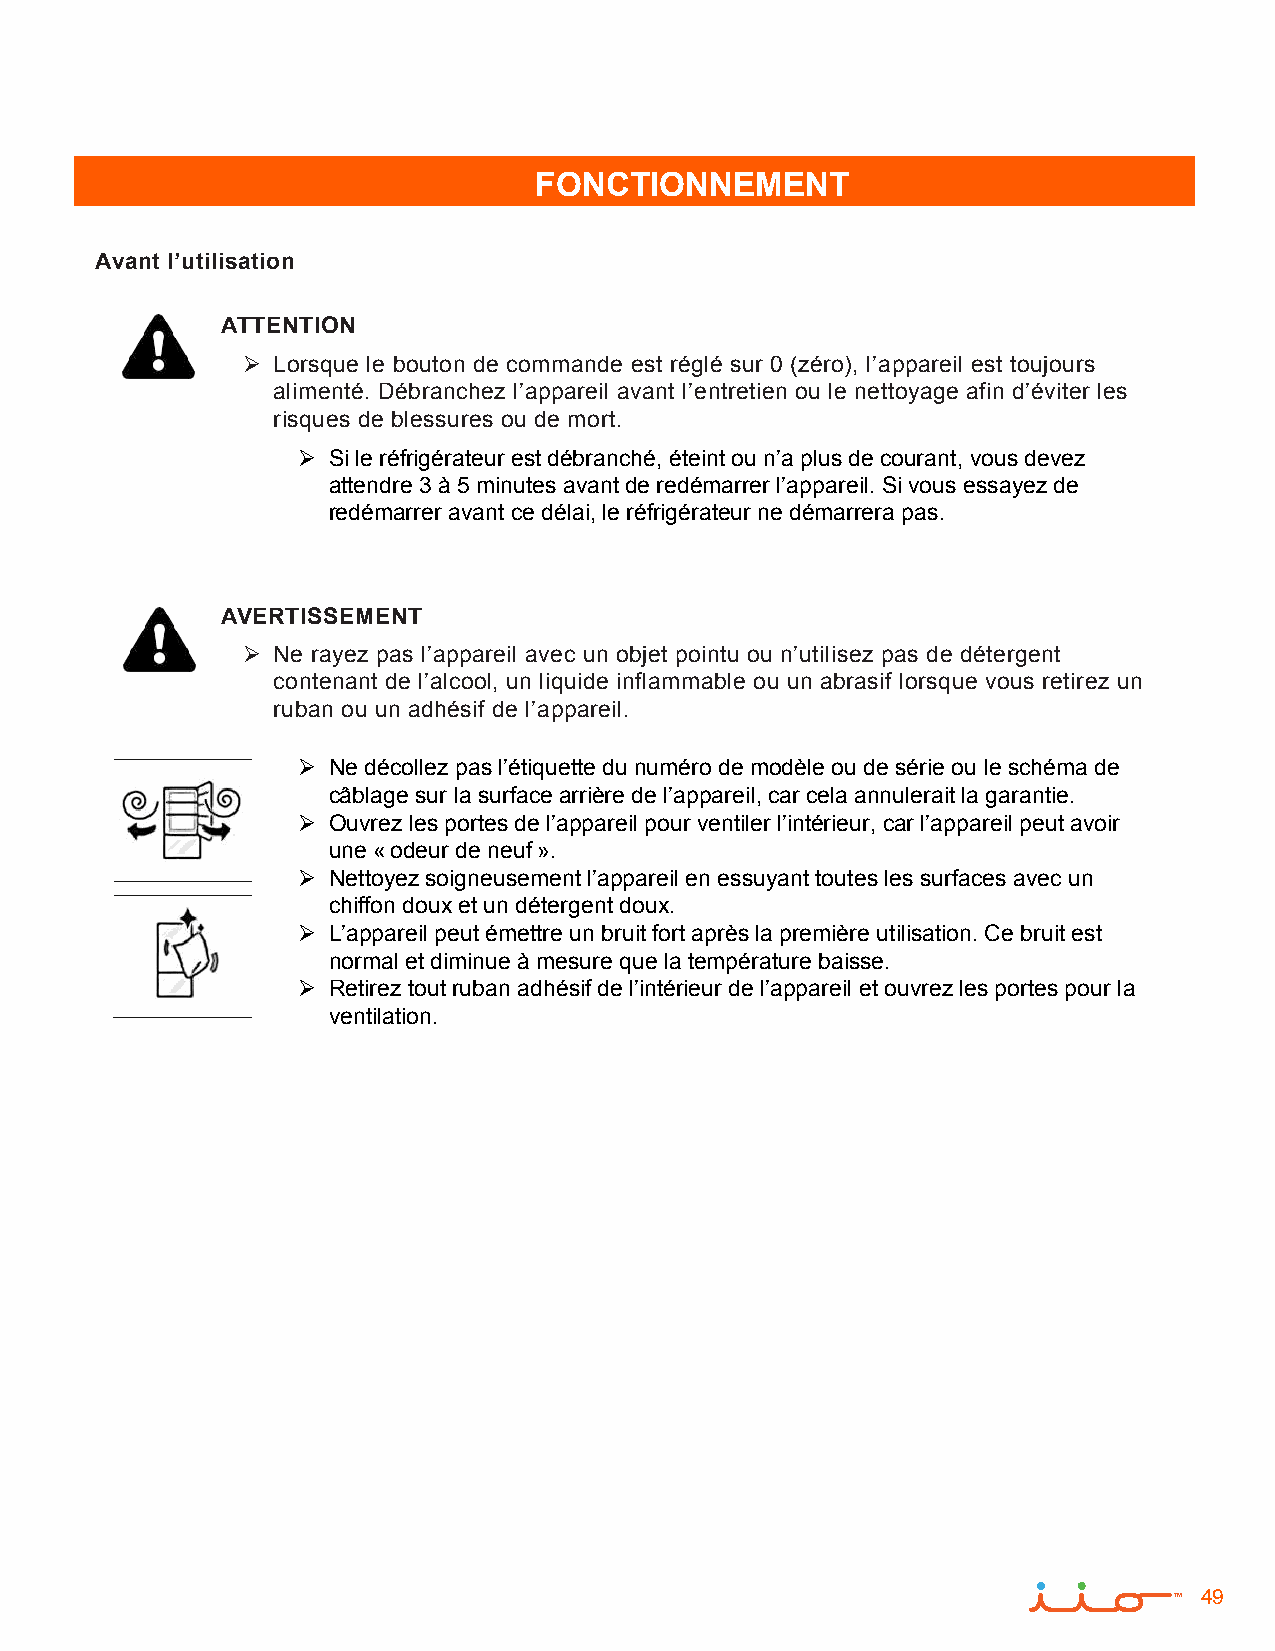
FONCTIONNEMENT
 Avant l’utilisation
 ATTENTION
  Lorsque le bouton de commande est réglé sur 0 (zéro), l’appareil est toujours
 alimenté. Débranchez l’appareil avant l’entretien ou le nettoyage afin d’éviter les
 risques de blessures ou de mort.
  Si le réfrigérateur est débranché, éteint ou n’a plus de courant, vous devez
 attendre 3 à 5 minutes avant de redémarrer l’appareil. Si vous essayez de
 redémarrer avant ce délai, le réfrigérateur ne démarrera pas.
 AVERTISSEMENT
  Ne rayez pas l’appareil avec un objet pointu ou n’utilisez pas de détergent
 contenant de l’alcool, un liquide inflammable ou un abrasif lorsque vous retirez un
 ruban ou un adhésif de l’appareil.
  Ne décollez pas l’étiquette du numéro de modèle ou de série ou le schéma de
 câblage sur la surface arrière de l’appareil, car cela annulerait la garantie.
  Ouvrez les portes de l’appareil pour ventiler l’intérieur, car l’appareil peut avoir
 une « odeur de neuf ».
  Nettoyez soigneusement l’appareil en essuyant toutes les surfaces avec un
 chiffon doux et un détergent doux.
  L’appareil peut émettre un bruit fort après la première utilisation. Ce bruit est
 normal et diminue à mesure que la température baisse.
  Retirez tout ruban adhésif de l’intérieur de l’appareil et ouvrez les portes pour la
 ventilation.
 49